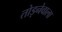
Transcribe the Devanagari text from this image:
तोड़नेवाला